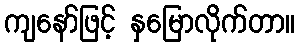
ကျနော်ဖြင့် နှမြောလိုက်တာ။